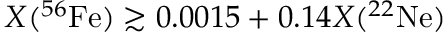
X ( ^ { 5 6 } \mathrm { F e } ) \gtrsim 0 . 0 0 1 5 + 0 . 1 4 X ( ^ { 2 2 } \mathrm { N e } )